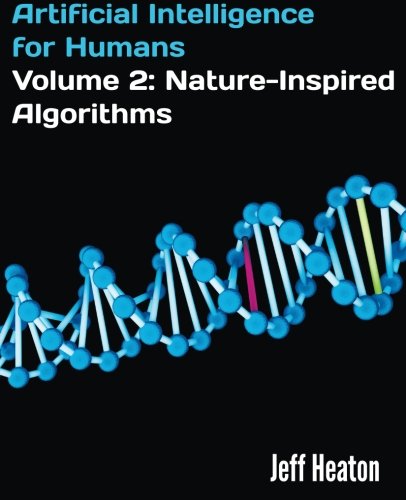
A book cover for Artificial Intelligence for Humans, Volume 2: Nature-Inspired Algorithms; Jeff Heaton; Computers & Technology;